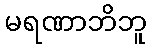
မရဏာဘိဘူ